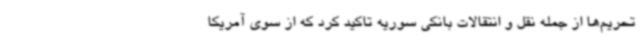
تحریم‌ها از جمله نقل و انتقالات بانکی سوریه تاکید کرد که از سوی آمریکا